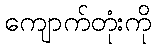
ကျောက်တုံးကို